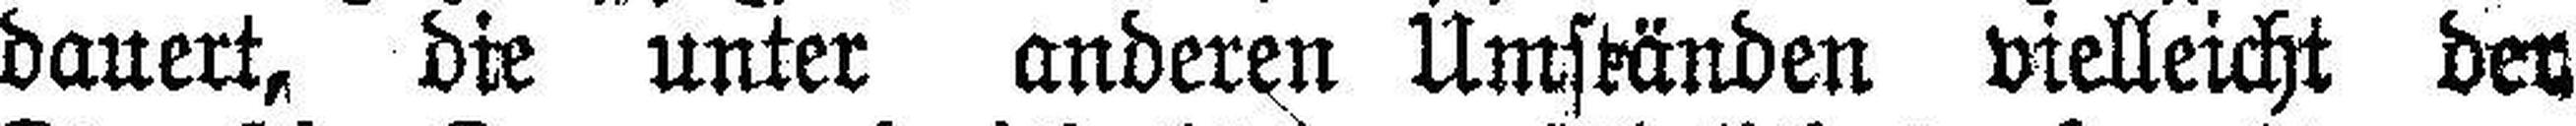
dauert, die unter anderen Umständen vielleicht der